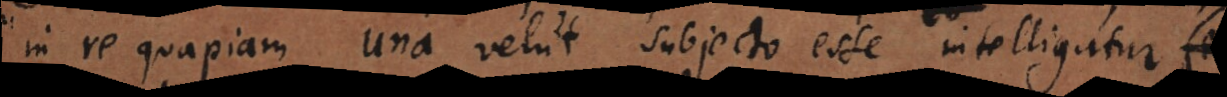
in re quapiam una velut subjecto esse intelligatur, ea